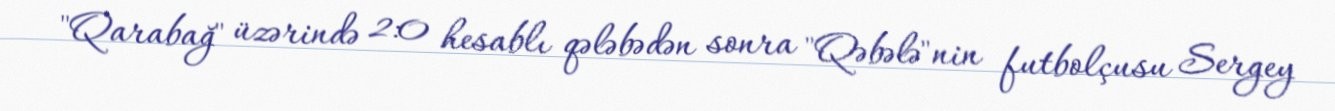
"Qarabağ" üzərində 2:0 hesablı qələbədən sonra "Qəbələ"nin futbolçusu Sergey